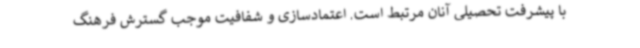
با پیشرفت تحصیلی آنان مرتبط است. اعتمادسازی و شفافیت موجب گسترش فرهنگ